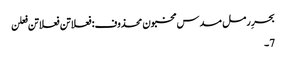
بحرِ رمل مسدس مخبون محذوف:فعلاتن فعلاتن فعلن
7۔